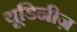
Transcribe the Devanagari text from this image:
यूडिनीज़